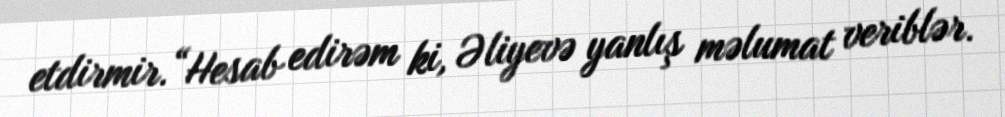
etdirmir.“Hesab edirəm ki, Əliyevə yanlış məlumat veriblər.